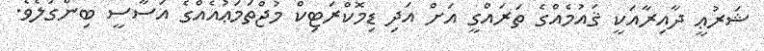
ޝަރުޢީ ދާއިރާއަކީ ޤައުމެއްގެ ތަރައްގީ އަށް އަދި ޑިމޮކްރަޓިކް މުޖްތަމަޢުއެއްގެ އަސާސީ ބިންގަލެވެ.